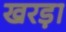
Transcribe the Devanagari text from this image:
खरड़ा